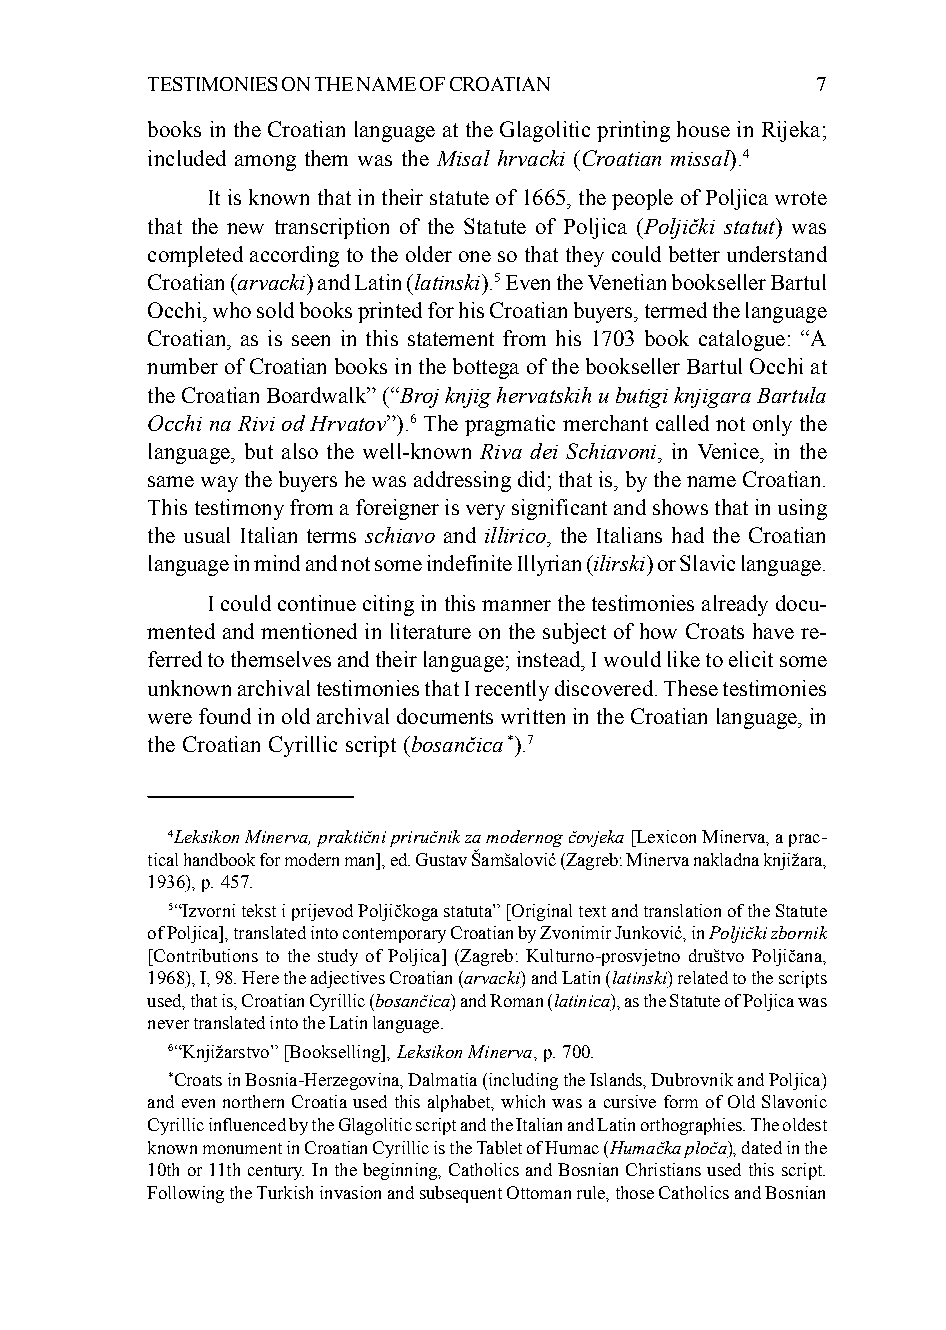
TESTIMONIES ON THE NAME OF CROATIAN         7
 books in the Croatian language at the Glagolitic printing house in Rijeka;
 included among them was the Misal hrvacki (Croatian missal).4
 It is known that in their statute of 1665, the people of Poljica wrote
 that the new transcription of the Statute of Poljica (Poljički statut) was
 completed according to the older one so that they could better understand
 Croatian (arvacki) and Latin (latinski).5 Even the Venetian bookseller Bartul
 Occhi, who sold books printed for his Croatian buyers, termed the language
 Croatian, as is seen in this statement from his 1703 book catalogue: “A
 number of Croatian books in the bottega of the bookseller Bartul Occhi at
 the Croatian Boardwalk” (“Broj knjig hervatskih u butigi knjigara Bartula
 Occhi na Rivi od Hrvatov”).6 The pragmatic merchant called not only the
 language, but also the well-known Riva dei Schiavoni, in Venice, in the
 same way the buyers he was addressing did; that is, by the name Croatian.
 This testimony from a foreigner is very significant and shows that in using
 the usual Italian terms schiavo and illirico, the Italians had the Croatian
 language in mind and not some indefinite Illyrian (ilirski) or Slavic language.
 I could continue citing in this manner the testimonies already docu-
 mented and mentioned in literature on the subject of how Croats have re-
 ferred to themselves and their language; instead, I would like to elicit some
 unknown archival testimonies that I recently discovered. These testimonies
 were found in old archival documents written in the Croatian language, in
 the Croatian Cyrillic script (bosančica*).7
 4Leksikon Minerva, praktični priručnik za modernog čovjeka [Lexicon Minerva, a prac-
 tical handbook for modern man], ed. Gustav Šamšalović (Zagreb: Minerva nakladna knjižara,
 1936), p. 457.
 5“Izvorni tekst i prijevod Poljičkoga statuta” [Original text and translation of the Statute
 of Poljica], translated into contemporary Croatian by Zvonimir Junković, in Poljički zbornik
 [Contributions to the study of Poljica] (Zagreb: Kulturno-prosvjetno društvo Poljičana,
 1968), I, 98. Here the adjectives Croatian (arvacki) and Latin (latinski) related to the scripts
 used, that is, Croatian Cyrillic (bosančica) and Roman (latinica), as the Statute of Poljica was
 never translated into the Latin language.
 6“Knjižarstvo” [Bookselling], Leksikon Minerva, p. 700.
 *Croats in Bosnia-Herzegovina, Dalmatia (including the Islands, Dubrovnik and Poljica)
 and even northern Croatia used this alphabet, which was a cursive form of Old Slavonic
 Cyrillic influenced by the Glagolitic script and the Italian and Latin orthographies. The oldest
 known monument in Croatian Cyrillic is the Tablet of Humac (Humačka ploča), dated in the
 10th or 11th century. In the beginning, Catholics and Bosnian Christians used this script.
 Following the Turkish invasion and subsequent Ottoman rule, those Catholics and Bosnian